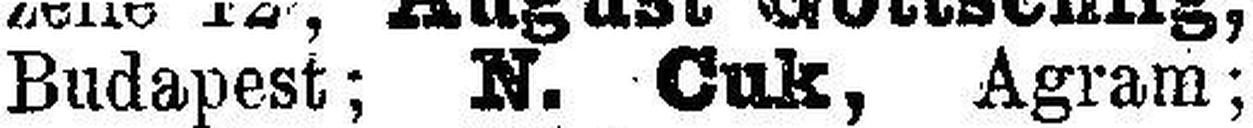
Budapest; N. Cuk, Agram;